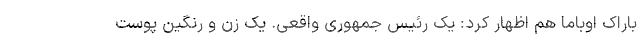
باراک اوباما هم اظهار کرد: یک رئیس جمهوری واقعی. یک زن و رنگین پوست